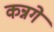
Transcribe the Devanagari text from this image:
कन्नगे